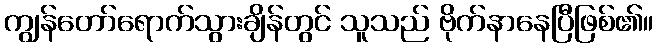
ကျွန်တော်ရောက်သွားချိန်တွင် သူသည် ဗိုက်နာနေပြီဖြစ်၏။